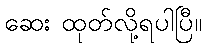
ဆေး ထုတ်လို့ရပါပြီ။